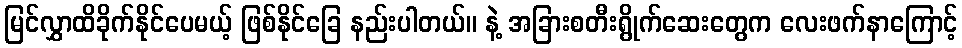
မြင်လွှာထိခိုက်နိုင်ပေမယ့် ဖြစ်နိုင်ခြေ နည်းပါတယ်။ နဲ့ အခြားစတီးရွိုက်ဆေးတွေက လေးဖက်နာကြောင့်